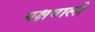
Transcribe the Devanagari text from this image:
यक्षवाली